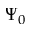
\Psi _ { 0 }